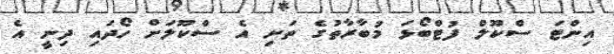
އިންޓަ ސްކޫލް ފުޓްބޯޅަ މުބާރާތުގެ ތަށި އެ ސްކޫލަށް ހޯދައި ދިނީ އެ